Trukikaitis_Postimees, lk 10
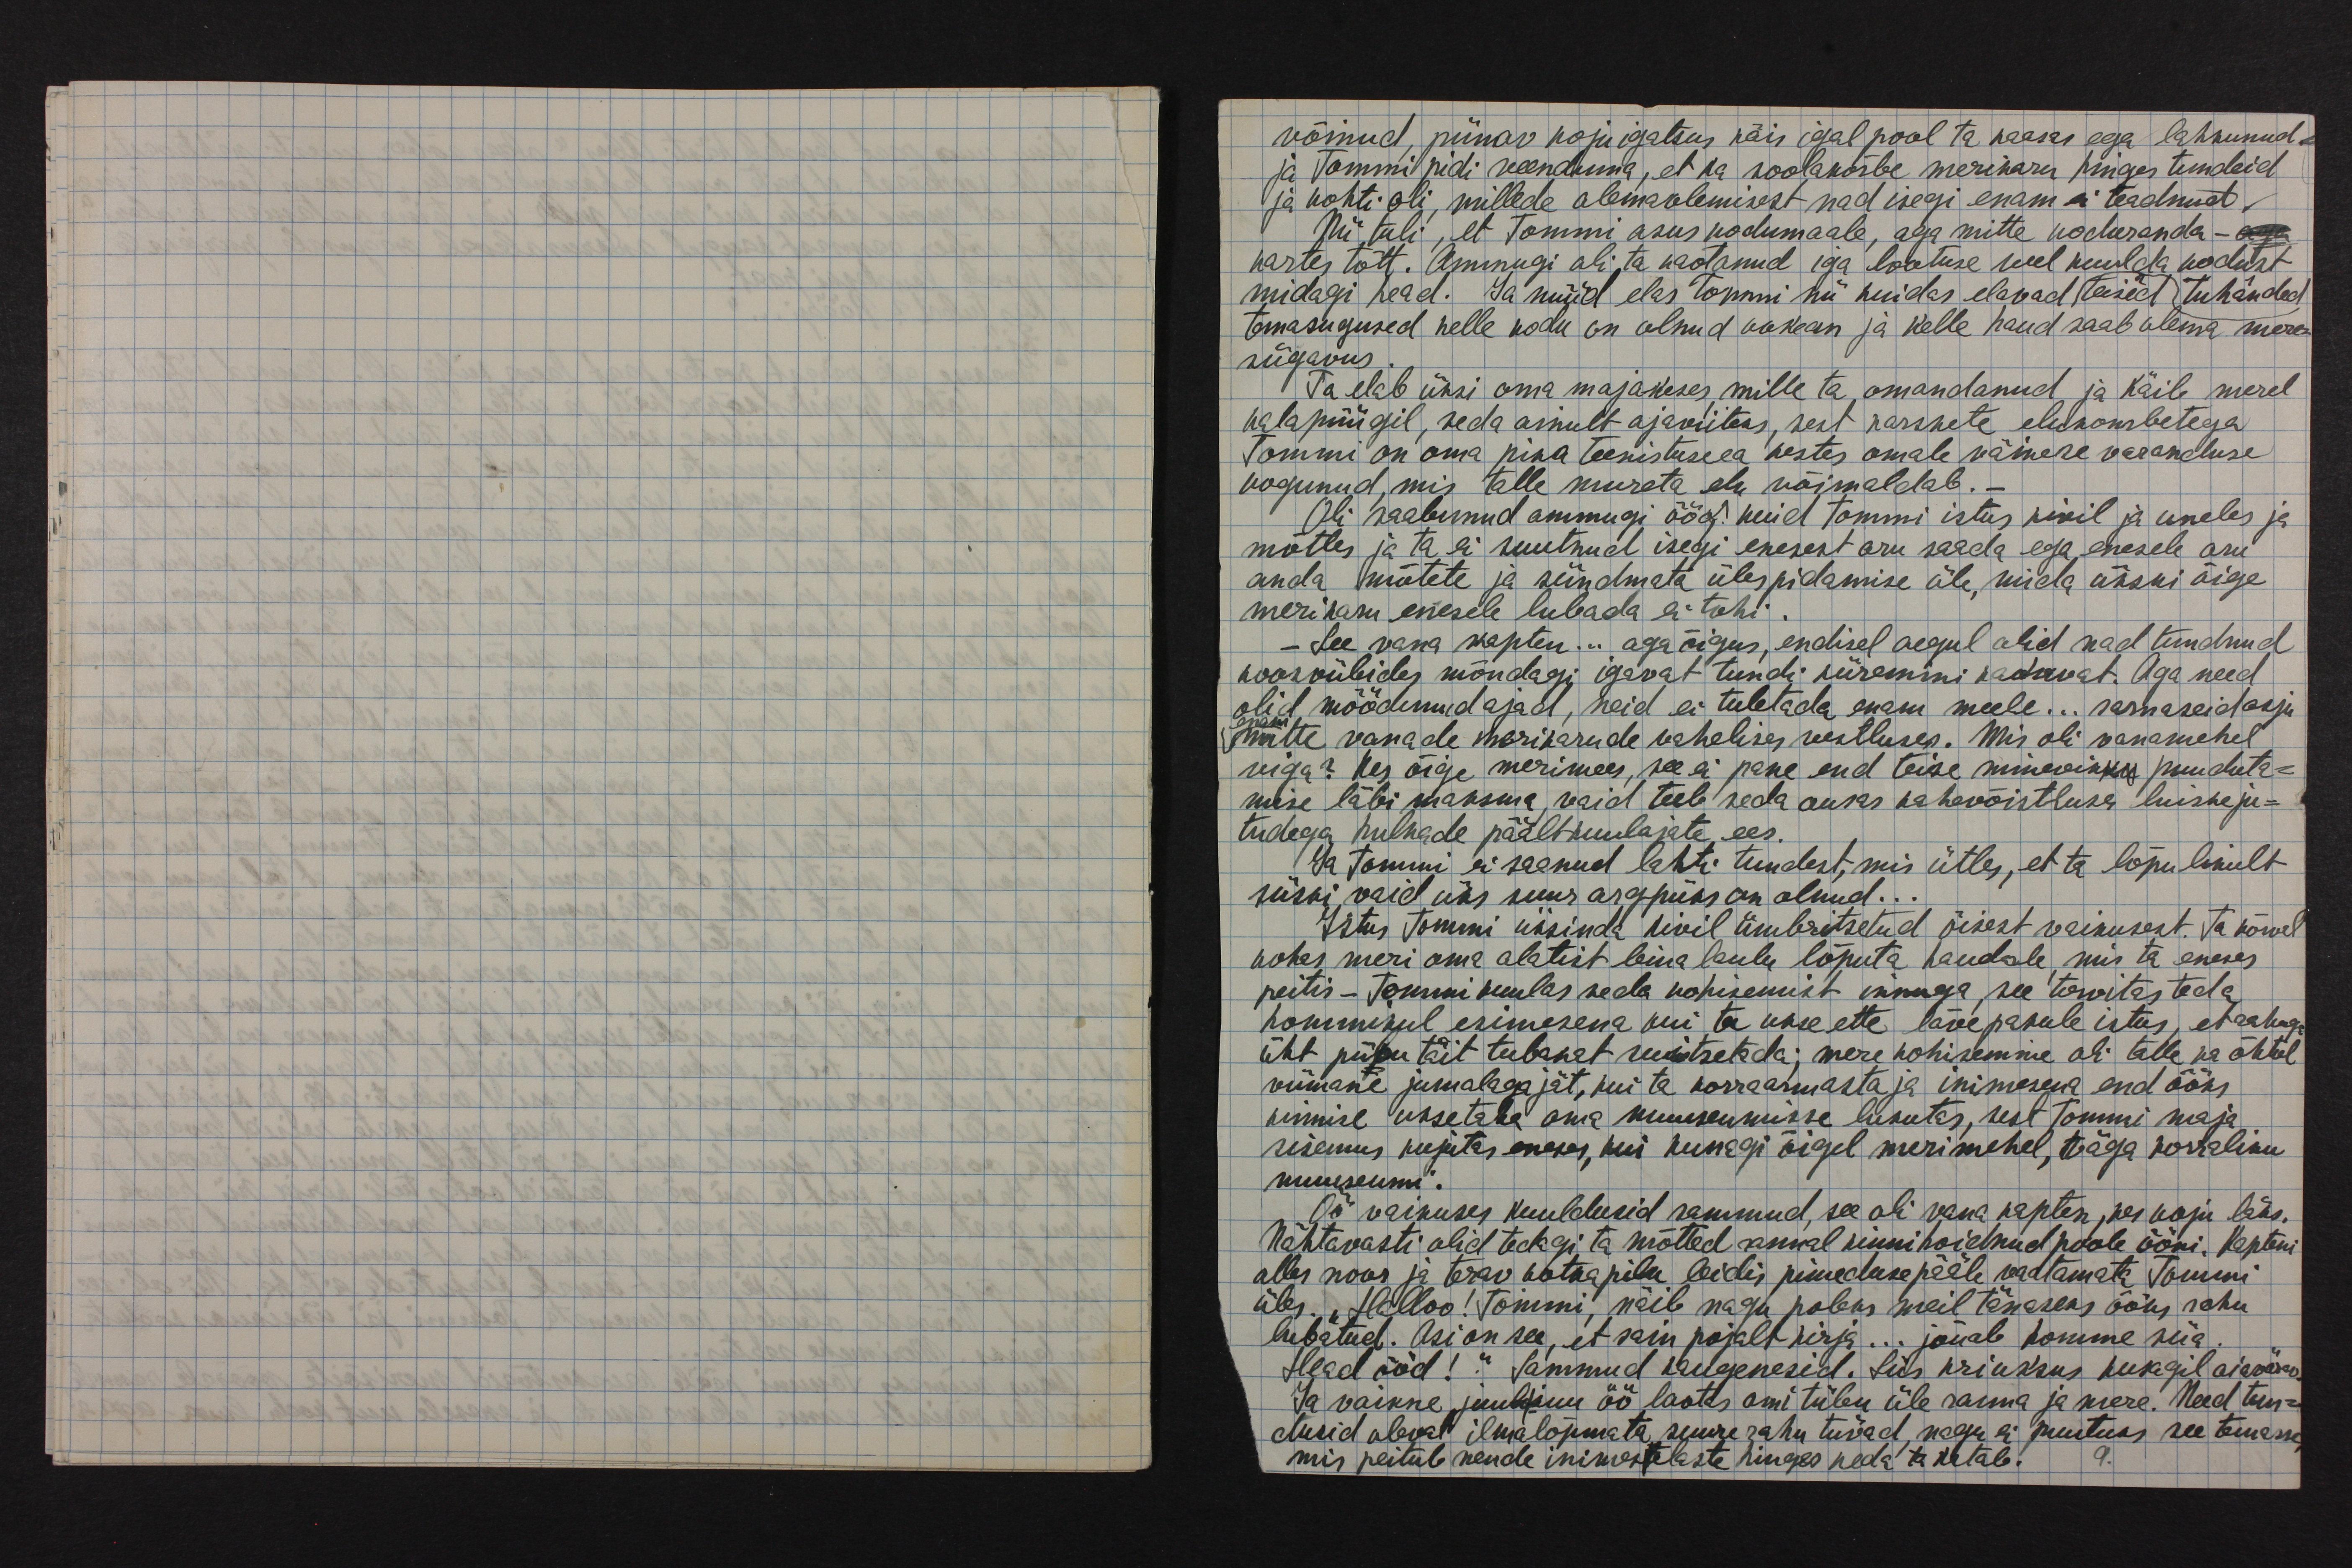
võinud, piinav koju igatsus käis igal pool ta kaasas ega lahkunud-
ja Tommi pidi veenduma, et ta soolakõrbe merikaru hinges tundeid
ja kohti oli, millede olemaolemisest nad isegi enam ei teadnud.
Nii tuli, et Tommi asus kodumaale, aga mitte koduranda -
kartes tõtt. Ammugi oli ta kaotanud iga lootuse veel kuulda kodust
midagi head. Ja nüüd elas Tommi nii kuidas elavad teised tuhanded
temasugused kelle kodu on olnud ookean ja kelle haud saab olema mere-
sügavus.
Ta elab üksi oma majakeses, mille ta omandanud ja käib merel
kalapüügil, seda ainult ajaviiteks, sest raskete elukombetega
Tommi on oma pika teenistuseea kestes omale väikese vereandluse
kogunud, mis talle mureta elu võimaldab. -
Oli saabunud ammugi öö, kuid Tommi istus kivil ja uneles ja
mõtles ja ta ei suutnud isegi enesest aru saada ega enesele aru
anda mõtete ja sündmata ülespidamise üle, mida ükski õige
merikaru enesele lubada ei tohi.
- See vana kapten ... aga õigus, endisel aegul olid nad tundnud
koosviibides mõndagi igavat tundi kiiremini kaotavat. Aga need
olid möödunud ajad, neid ei tuletada enam meelde... sarnaseid asju
enam mitte vanade merikarude vahelises vestluses. Mis oli vanamehel
viga? Kes õige merimees, see ei pane end teise minevikku puuduta-
mise läbi maksma vaid teeb seda ausas kahevõistluses luiske ju-
tudega hulkade päältkuulajate ees.
Ja Tommi ei saanud lahti tundest, mis ütles, et ta lõplikult
siiski vaid üks suur argpüks on olnud...
Istus Tommi üksinda kivil ümbritsetud öisest vaikusest. Ta kõrval
kohas meri oma alatist leina laulu lõputa haudade, mis ta eneses
peitis - Tommi kuulas seda kohisemist innuga, see tervitas teda
hommikul esimesena kui ta ukse ette lävepakule istus, et rahuga
üht piibu täit tubakat suitsetada; mere kohisemine oli talle ka õhtul
viimane jumalagajät, kui ta korraarmastaja inimesena end ööks
kinnise uksetaha oma muuseumisse lukutas, sest Tommi maja
sisemus kujutas eneses, kui kunagi õigel merimehel, väga korraliku
muuseumi.
Öö vaikuses kuuldusid sammud, see oli vana kapten, kes koju läks.
Nähtavasti olid tedagi ta mõtted rannal kinni hoidnud poole ööni. Kapteni
alles noor ja terav kotkapilk leidis pimeduse pääle vaatamata Tommi
üles. "Halloo! Tommi, näib nagu poleks meil tänaseks ööks rahu
lubatud. Asi on see, et sain pojalt kirja... jõuab homme siia.
Head ööd!" Sammud kaugenesid. Siis kriuksus kusagil aiavärav,
Ja vaikne juulikuu öö laotas omi tiibu üle ranna ja mere. Need tun-
dusid olevat ilmalõpmata suure rahu tiivad, nagu ei puutuks see temasse,
mis peitub nende inimestelaste hinges keda ta katab.